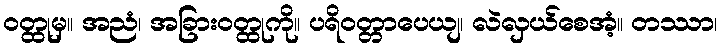
ဝတ္ထုမှ။ အညံ၊ အခြားဝတ္ထုကို။ ပရိဝတ္တာပေယျ၊ လဲလှယ်စေအံ့။ တဿာ၊